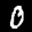
Label: 0